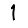
Digit: 1